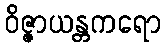
ဝိဇ္ဇာယန္တကရော